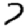
Digit: 7